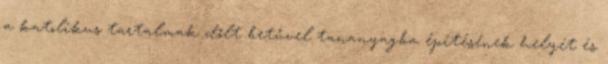
a katolikus tartalmak dőlt betűvel tananyagba építésének helyét és